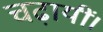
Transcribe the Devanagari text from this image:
चढ़ायीं।